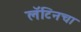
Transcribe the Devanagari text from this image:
लॅटिनचा